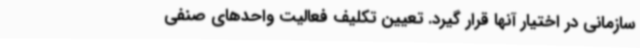
سازمانی در اختیار آنها قرار گیرد. تعیین‌ تکلیف فعالیت واحدهای صنفی